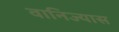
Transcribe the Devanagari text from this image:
वानिज्यास